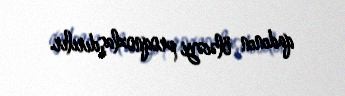
qadının öləcəyi proqnozlaşdırılır.